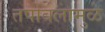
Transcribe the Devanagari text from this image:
तपोबलामुळे